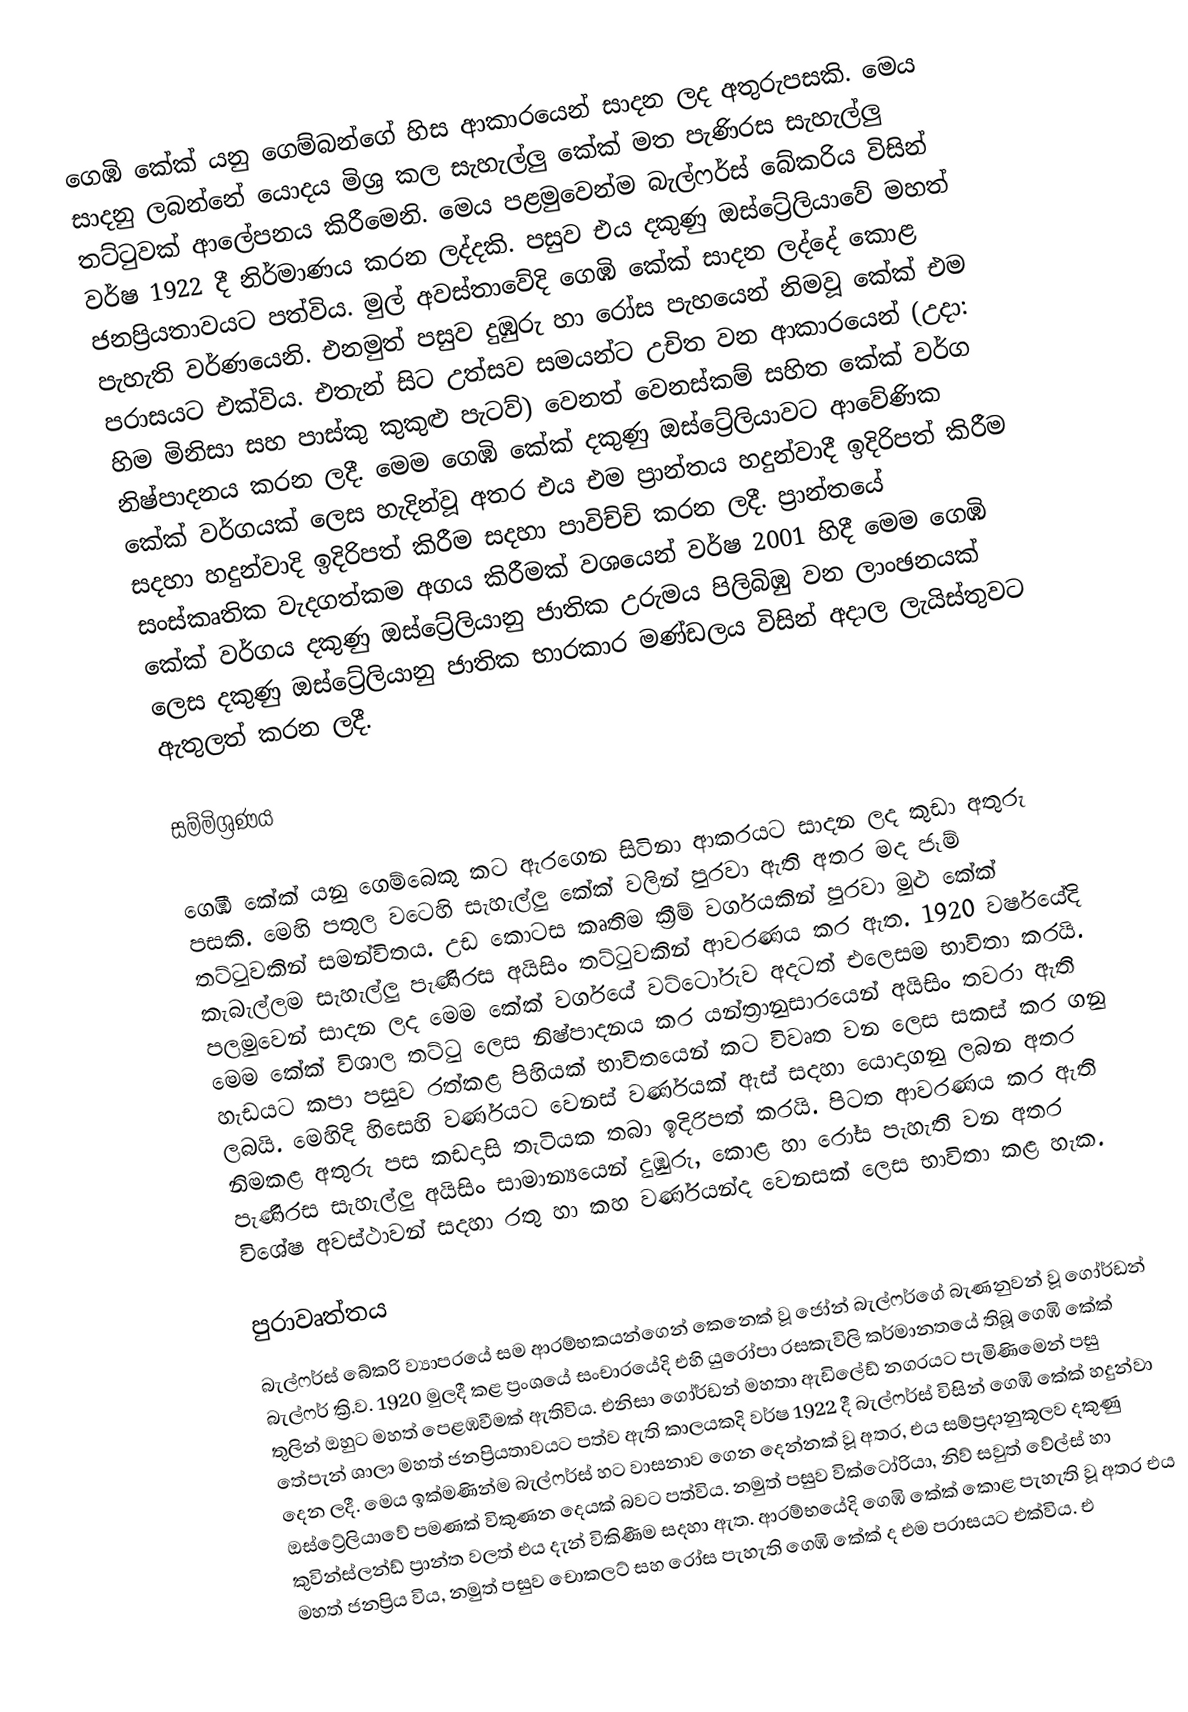
ගෙඹි කේක් යනු ගෙම්බන්ගේ හිස ආකාරයෙන් සාදන ලද අතුරුපසකි. මෙය සාදනු ලබන්නේ යොදය මිශ්‍ර කල සැහැල්ලු කේක් මත පැණිරස සැහැල්ලු තට්ටුවක් ආලේපනය කිරීමෙනි. මෙය පළමුවෙන්ම බැල්ෆර්ස් බේකරිය විසින් වර්ෂ 1922 දී නිර්මාණය කරන ලද්දකි. පසුව එය දකුණු ඔස්ට්‍රේලියාවේ මහත් ජනප්‍රියතාවයට පත්විය. මුල් අවස්තාවේදි  ගෙඹි කේක් සාදන ලද්දේ කොළ පැහැති වර්ණයෙනි. එනමුත් පසුව දුඹුරු හා රෝස පැහයෙන් නිමවූ කේක් එම පරාසයට එක්විය. එතැන් සිට උත්සව සමයන්ට උචිත වන ආකාරයෙන් (උදා: හිම මිනිසා සහ පාස්කු කුකුළු පැටව්) වෙනත් වෙනස්කම් සහිත කේක් වර්ග නිෂ්පාදනය කරන ලදී. මෙම ගෙඹි කේක් දකුණු ඔස්ට්‍රේලියාවට ආවේණික කේක් වර්ගයක් ලෙස හැදින්වූ අතර එය එම ප්‍රාන්තය හදුන්වාදී ඉදිරිපත් කිරීම සදහා හදුන්වාදි ඉදිරිපත් කිරීම සදහා පාවිච්චි කරන ලදී. ප්‍රාන්තයේ සංස්කෘතික වැදගත්කම අගය කිරීමක් වශයෙන් වර්ෂ 2001 හිදී මෙම ගෙඹි කේක් වර්ගය දකුණු ඔස්ට්‍රේලියානු ජාතික උරුමය පිලිබිඹු වන ලාංඡනයක්  ලෙස දකුණු ඔස්ට්‍රේලියානු ජාතික භාරකාර මණ්ඩලය විසින් අදාල ලැයිස්තුවට ඇතුලත් කරන ලදී.

සම්මිශ්‍රණය

ගෙඹි කේක් යනු ගෙම්බෙකු කට ඇරගෙන සිටිනා ආකරයට සාදන ලද කුඩා අතුරු පසකි. මෙහි පතුල වටෙහි සැහැල්ලු කේක් වලින් පුරවා ඇති අතර මද ජෑම් තට්ටුවකින් සමන්විතය. උඩ කොටස කෘතිම ක්‍රීම් වර්ගයකින් පුරවා මුළු කේක් කැබැල්ලම සැහැල්ලු පැණිරස අයිසිං තට්ටුවකින් ආවරණය කර ඇත. 1920 වර්ෂයේදි පලමුවෙන් සාදන ලද මෙම කේක් වර්ගයේ වට්ටෝරුව අදටත් එලෙසම භාවිතා කරයි. මෙම කේක් විශාල තට්‍ටු ලෙස නිෂ්පාදනය කර යන්ත්‍රානුසාරයෙන් අයිසිං තවරා ඇති හැඩයට කපා පසුව රත්කළ පිහියක් භාවිතයෙන් කට විවෘත වන ලෙස සකස් කර ගනු ලබයි. මෙහිදි  හිසෙහි වර්ණයට වෙනස් වර්ණයක් ඇස් සදහා යොදාගනු ලබන අතර නිමකළ අතුරු පස කඩදාසි තැටියක තබා ඉදිරිපත් කරයි. පිටත ආවරණය කර ඇති පැණිරස සැහැල්ලු අයිසිං සාමාන්‍යයෙන් දුඹුරු, කොළ හා රෝස පැහැති වන අතර විශේෂ අවස්ථාවන් සදහා රතු හා කහ වර්ණයන්ද වෙනසක් ලෙස භාවිතා කළ හැක.

පුරාවෘත්තය
බැල්ෆර්ස් බේකරි ව්‍යාපරයේ සම ආරම්භකයන්ගෙන් කෙනෙක් වූ ජෝන් බැල්ෆර්ගේ බැණනුවන් වූ ගෝර්ඩන් බැල්ෆර් ක්‍රි.ව. 1920 මුලදී කළ ප්‍රංශයේ සංචාරයේදි එහි යුරෝපා රසකැවිලි කර්මානතයේ තිබූ ගෙඹි කේක් තුලින් ඔහුට මහත් පෙළඹවීමක් ඇතිවිය. එනිසා ගෝර්ඩන් මහතා ඇඩිලේඩ් නගරයට පැමිණිමෙන් පසු තේපැන් ශාලා මහත් ජනප්‍රියතාවයට පත්ව ඇති කාලයකදි වර්ෂ 1922 දී බැල්ෆර්ස් විසින් ගෙඹි කේක් හදුන්වා දෙන ලදී. මෙය ඉක්මණින්ම බැල්ෆර්ස් හට වාසනාව ගෙන දෙන්නක් වූ අතර, එය සම්ප්‍රදානුකූලව දකුණු ඔස්ට්‍රේලියාවේ පමණක් විකුණන දෙයක් බවට පත්විය. නමුත් පසුව වික්ටෝරියා, නිව් සවුත් වේල්ස් හා කුවින්ස්ලන්ඩ් ප්‍රාන්ත වලත් එය දැන් විකිණීම සදහා ඇත. ආරම්භයේදි ගෙඹි කේක් කොළ පැහැති වූ අතර එය මහත් ජනප්‍රිය විය, නමුත් පසුව චොකලට් සහ රෝස පැහැති ගෙඹි කේක් ද එම පරාසයට එක්විය. එ